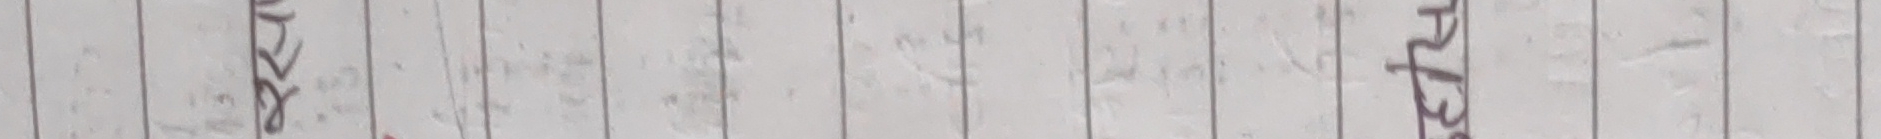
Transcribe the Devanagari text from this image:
समस्या
प्रज्ञावाला